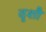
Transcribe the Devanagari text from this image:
दृशौ